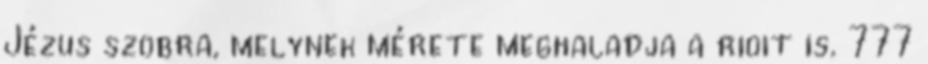
Jézus szobra, melynek mérete meghaladja a rioit is. 777